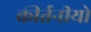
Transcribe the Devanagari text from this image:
कीर्तनीयो